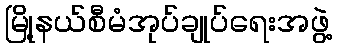
မြို့နယ်စီမံအုပ်ချုပ်ရေးအဖွဲ့